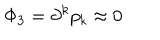
LaTeX: \Phi _ { 3 } = \partial ^ { k } p _ { k } \approx 0